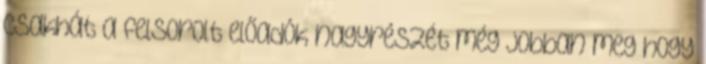
csakhát a felsorolt előadók nagyrészét még jobban meg hogy